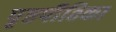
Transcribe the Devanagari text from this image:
पृष्ठपीठिका